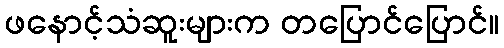
ဖနောင့်သံဆူးများက တပြောင်ပြောင်။